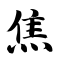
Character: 焦